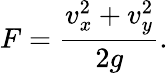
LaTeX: F=\frac{v_{x}^{2}+v_{y}^{2}}{2g}.